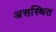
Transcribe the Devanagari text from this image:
असस्थित